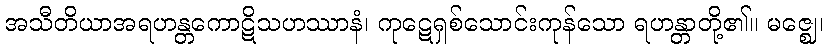
အသီတိယာအရဟန္တကောဋိသဟဿာနံ၊ ကုဋေရှစ်သောင်းကုန်သော ရဟန္တာတို့၏။ မဇ္ဈေ၊